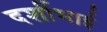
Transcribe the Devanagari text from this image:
दर्शीभाई